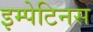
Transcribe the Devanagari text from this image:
इम्पेटिनस